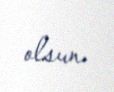
olsun.